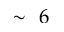
\sim ~ 6